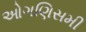
ઓગણિસમી